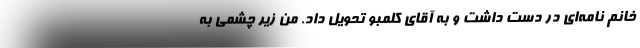
خانم نامه‌ای در دست داشت و به آقای کلمبو تحویل داد. من زیر چشمی به